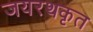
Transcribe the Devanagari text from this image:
जयरथकृत